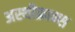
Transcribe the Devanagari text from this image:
अस्थीफ्रान्स